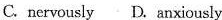
C.nervously D. anxicusly